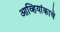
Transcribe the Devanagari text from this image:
आव्हियांकाचे